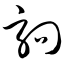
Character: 驹